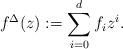
LaTeX: \begin{align*} f^\Delta(z) := \sum_{i=0}^{d}f_iz^i.\end{align*}